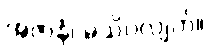
အဇာနံ၊ မသိပဲလျက်။